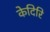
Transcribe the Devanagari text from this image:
केदिरि